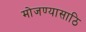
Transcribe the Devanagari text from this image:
मोजण्यासाठि